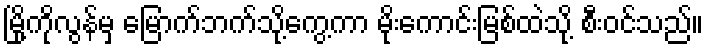
မြို့ကိုလွန်မှ မြောက်ဘက်သို့ကွေ့ကာ မိုးကောင်းမြစ်ထဲသို့ စီးဝင်သည်။